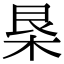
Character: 𣐻